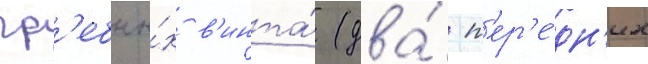
гр'ебны́х в'инта́ (два́ п'ер'е́дн'их